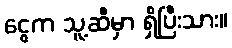
ငွေက သူ့ဆီမှာ ရှိပြီးသား။